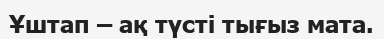
Ұштап – ақ түсті тығыз мата.